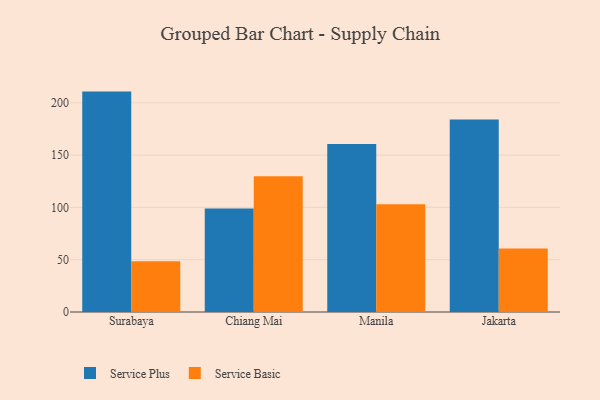
{"axis": {"x": "City", "y": "Active Users"}, "legend": ["Service Basic", "Service Plus"], "data": [{"x": "Surabaya", "y": 210.7, "type": "Service Plus"}, {"x": "Surabaya", "y": 48.6, "type": "Service Basic"}, {"x": "Chiang Mai", "y": 98.9, "type": "Service Plus"}, {"x": "Chiang Mai", "y": 129.7, "type": "Service Basic"}, {"x": "Manila", "y": 160.6, "type": "Service Plus"}, {"x": "Manila", "y": 103.1, "type": "Service Basic"}, {"x": "Jakarta", "y": 184.1, "type": "Service Plus"}, {"x": "Jakarta", "y": 60.8, "type": "Service Basic"}]}